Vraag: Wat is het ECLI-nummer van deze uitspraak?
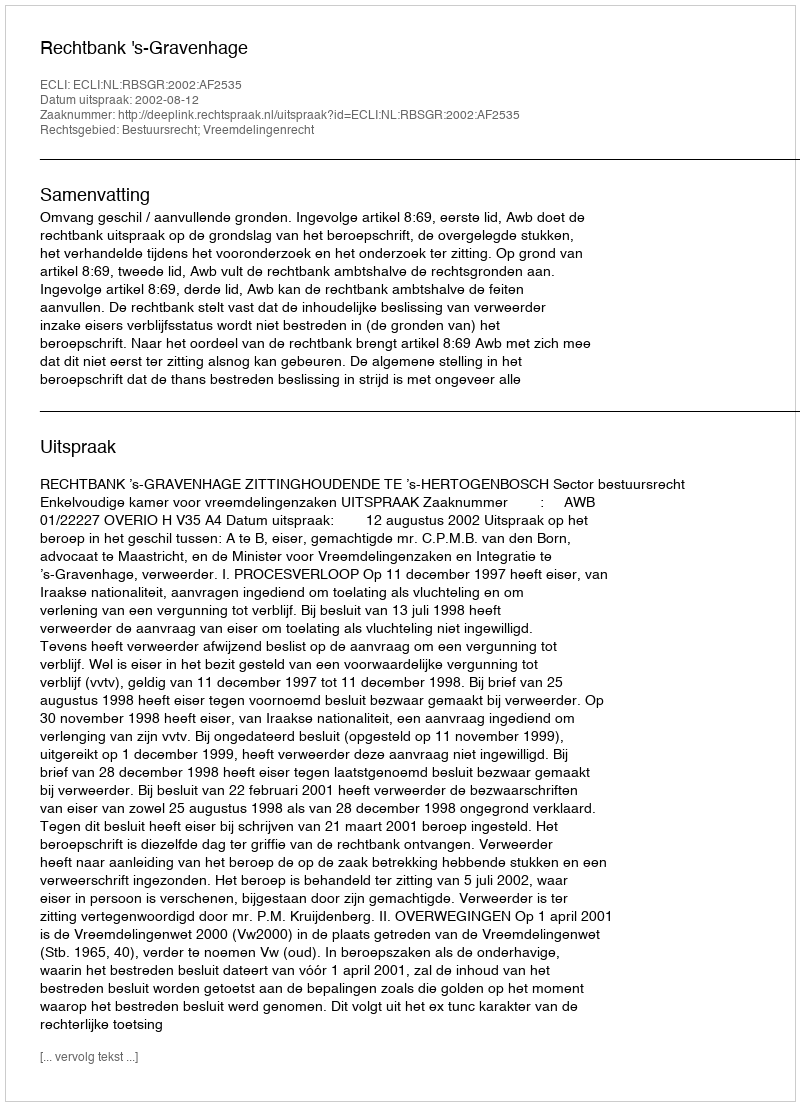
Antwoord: ECLI:NL:RBSGR:2002:AF2535